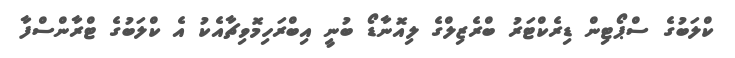
ކްލަބުގެ ސްޕޯޓިން ޑިރެކްޓަރު ބްރެޒިލްގެ ލިއޮނާޑޯ ބުނީ އިބްރަހިމޮވިޗާއެކު އެ ކްލަބުގެ ޓްރާންސްފާ